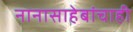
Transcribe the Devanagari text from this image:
नानासाहेबांचाही